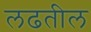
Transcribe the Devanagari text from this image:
लढतील